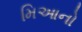
મિઆનો